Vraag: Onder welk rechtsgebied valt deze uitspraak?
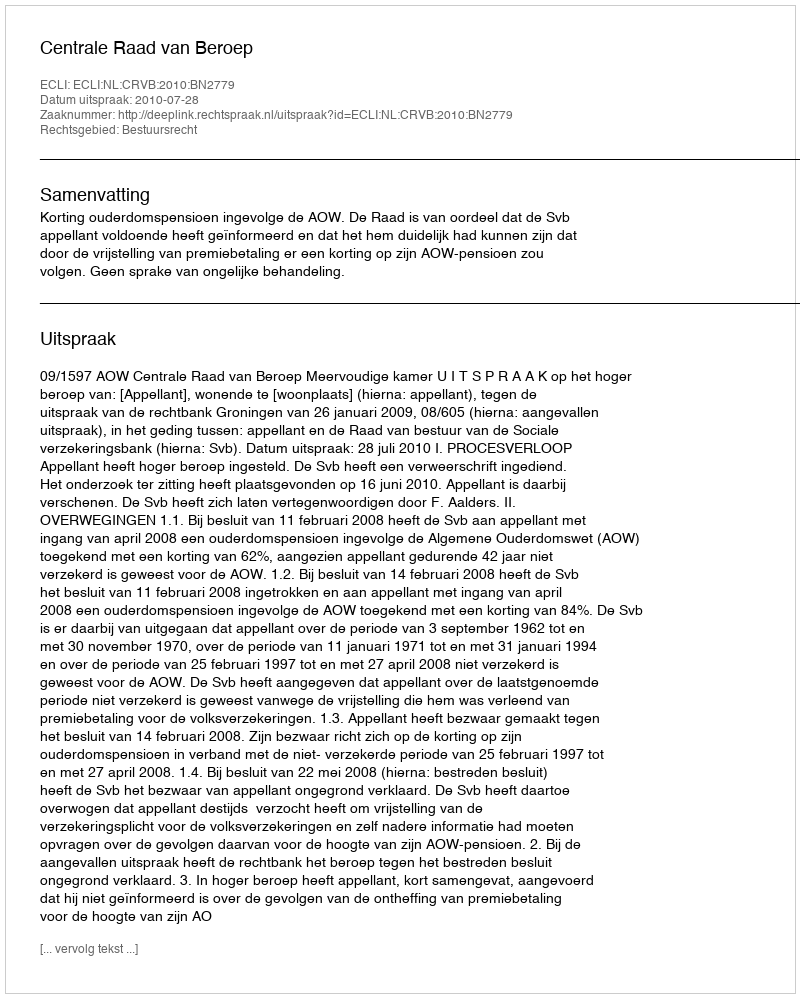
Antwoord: Bestuursrecht